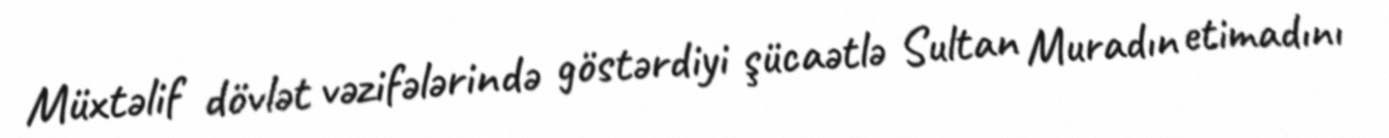
Müxtəlif dövlət vəzifələrində göstərdiyi şücaətlə Sultan Muradın etimadını